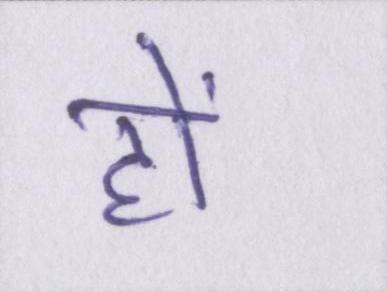
हों